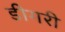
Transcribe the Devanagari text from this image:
डीगरी